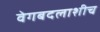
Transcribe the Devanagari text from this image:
वेगबदलाशीच